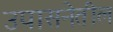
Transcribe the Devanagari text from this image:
उपासनेतील